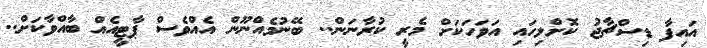
އައިފާ ޑިސްޗާޖު ކޮށްލިހައި އަވަހަކަށް މެރީ ކުރާނަން.. ބޭނުމެއްނޫން އެއްވެސް ޕާޓީއެއް ބާއްވާކަށް..